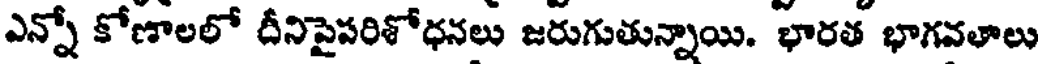
ఎన్నో కోణాలలో దీనిపైపరిశోధనలు జరుగుతున్నాయి. భారత భాగవతాలు